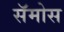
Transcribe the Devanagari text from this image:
सॅमोस